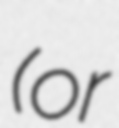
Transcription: (or